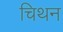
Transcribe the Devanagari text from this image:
चिथन